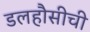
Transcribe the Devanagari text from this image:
डलहौसीची